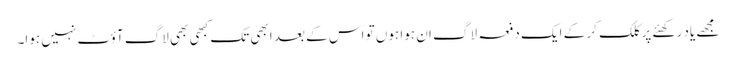
مجھے یاد رکھئے پر کلک کر کے ایک دفعہ لاگ ان ہوا ہوں تو اس کے بعد ابھی تک کبھی بھی لاگ آؤٹ نہیں ہوا۔